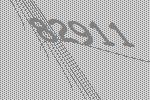
82911